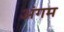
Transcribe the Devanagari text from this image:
अंगम